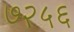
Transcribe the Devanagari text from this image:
७२५६